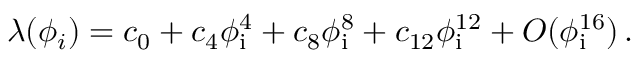
\lambda ( \phi _ { i } ) = c _ { 0 } + c _ { 4 } \phi _ { \mathrm { i } } ^ { 4 } + c _ { 8 } \phi _ { \mathrm { i } } ^ { 8 } + c _ { 1 2 } \phi _ { \mathrm { i } } ^ { 1 2 } + O ( \phi _ { \mathrm { i } } ^ { 1 6 } ) \, .